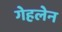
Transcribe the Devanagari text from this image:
गेहलेन